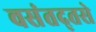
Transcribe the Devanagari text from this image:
वसंतद्तसे